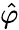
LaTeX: \hat{\varphi}